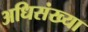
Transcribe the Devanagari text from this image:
अधिसंख्या